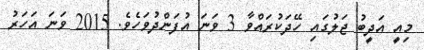
މިއީ އަދީބު ޖަލުގައި ހޭދަކުރައްވާ 3 ވަނަ އުފަންދުވަހެވެ. 2015 ވަނަ އަހަރު